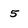
Character: 5